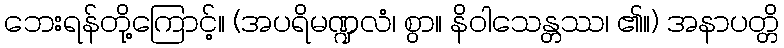
ဘေးရန်တို့ကြောင့်။ (အပရိမဏ္ဍလံ၊ စွာ။ နိဝါသေန္တဿ၊ ၏။) အနာပတ္တိ